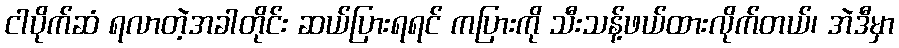
ငါပိုက်ဆံ ရလာတဲ့အခါတိုင်း ဆယ်ပြားရရင် ကပြားကို သီးသန့်ဖယ်ထားလိုက်တယ်၊ အဲဒီမှာ